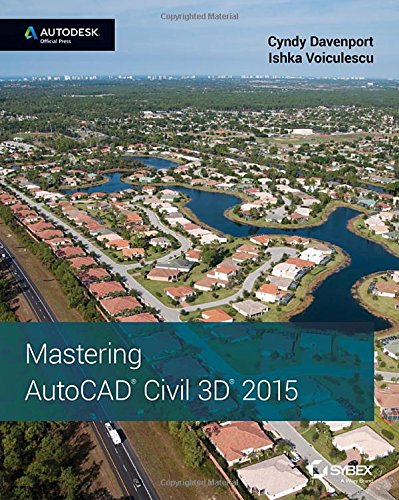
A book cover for Mastering AutoCAD Civil 3D 2015: Autodesk Official Press; Cyndy Davenport; Engineering & Transportation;